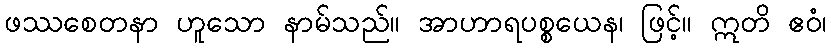
ဖဿစေတနာ ဟူသော နာမ်သည်။ အာဟာရပစ္စယေန၊ ဖြင့်။ ဣတိ ဧဝံ၊